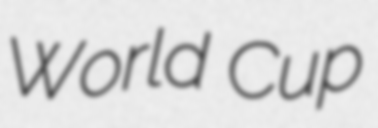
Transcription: World Cup